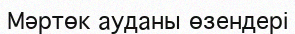
Мәртөк ауданы өзендері